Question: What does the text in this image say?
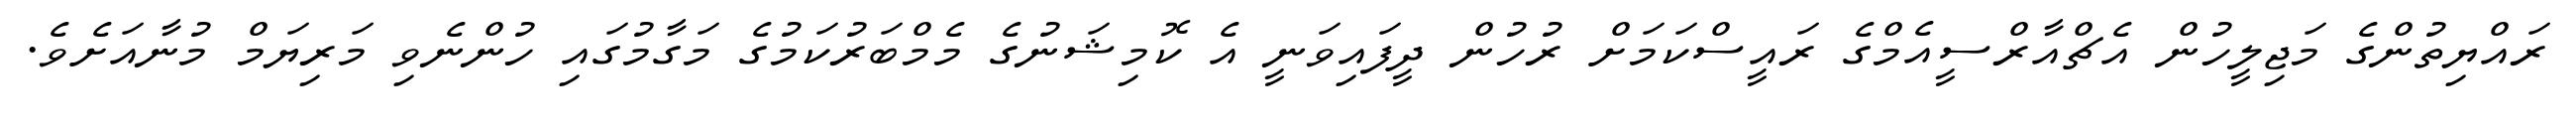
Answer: ރައްޔިތުންގެ މަޖިލީހުން އެޗްއާރްސީއެމްގެ ރައީސްކަމަށް ރުހުން ދީފައިވަނީ އެ ކޮމިޝަނުގެ މެމްބަރުކަމުގެ މަގާމުގައި ހުންނެވި މަރިޔަމް މުނާއަށެވެ.